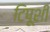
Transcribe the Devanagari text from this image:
टिपूशी